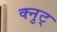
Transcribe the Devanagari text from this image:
क्नुट्